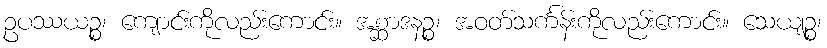
ဥပဿယဉ္စ၊ ကျောင်းကိုလည်းကောင်း။ အစ္ဆာဒနဉ္စ၊ အဝတ်သင်္ကန်းကိုလည်းကောင်း။ သေယျဉ္စ၊